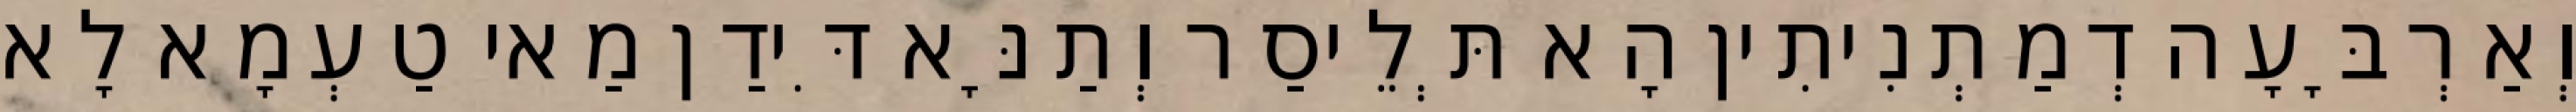
וְאַרְבָּעָה דְמַתְנִיתִין הָא תְּלֵיסַר וְתַנָּא דִּידַן מַאי טַעְמָא לָא